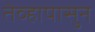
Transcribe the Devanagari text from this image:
तेव्हापासुन